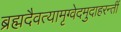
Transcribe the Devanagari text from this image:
ब्रह्मदैवत्यामृग्वेदमुदाहरन्तीं